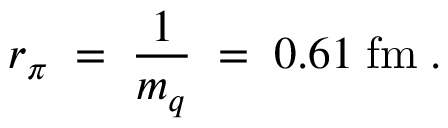
r _ { \pi } \; = \; \frac { 1 } { m _ { q } } \; = \; 0 . 6 1 \; \mathrm { f m } \; .